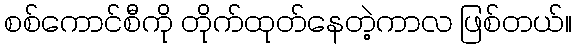
စစ်ကောင်စီကို တိုက်ထုတ်နေတဲ့ကာလ ဖြစ်တယ်။